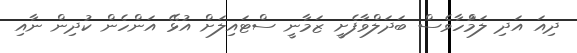
ދިއަ އަދި ލަމުްހާވެސް ބަދަލްވާފެށީ ޒަމާނީ ސްޓައިލަށް އުޅޭ އަންހެން ކުދިން ނާއި